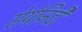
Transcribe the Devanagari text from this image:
सेयेनिटी